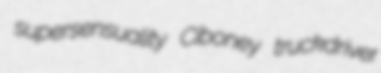
supersensuality Ciboney truckdriver